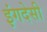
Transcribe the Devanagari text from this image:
इंगदेसी